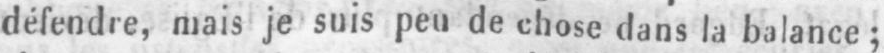
défendre, mais je suis peu de chose dans la balance;